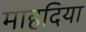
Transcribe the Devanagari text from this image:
माहदिया